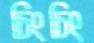
চিংচিং